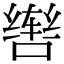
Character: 辔